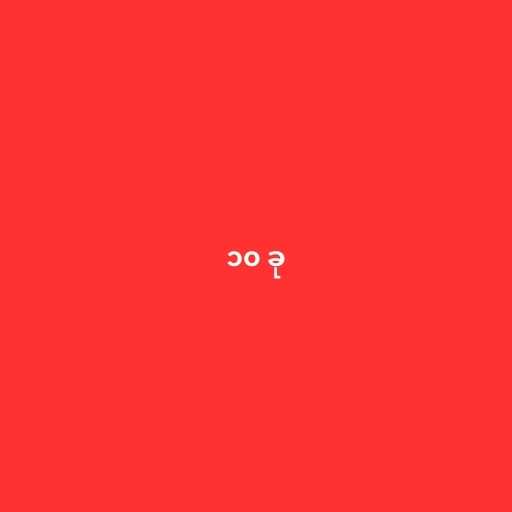
၁၀ ခု